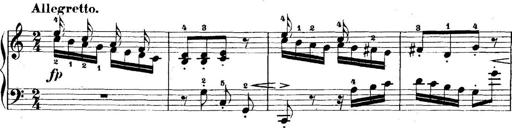
Title: 5 Sonatinas
Composer: Theodor Kirchner